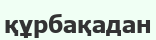
құрбақадан